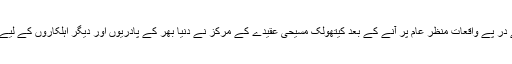
پادریوں کے مبینہ جنسی زیادیوں کے پے در پے واقعات منظر عام پر آنے کے بعد کیتھولک مسیحی عقیدے کے مرکز نے دنیا بھر کے پادریوں اور دیگر اہلکاروں کے لیے ایک تفصیلی ہدایت نامے کا اجرا کیا ہے۔